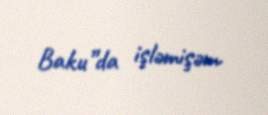
Baku”da işləmişəm.